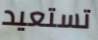
تستعيد